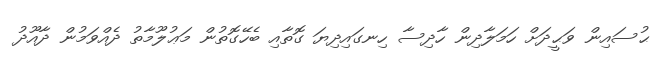
ޙުސައިން ވަޙީދަށް ހަމަލާދިން ހާދިސާ ހިނގައިދިޔަ ގޮތާއި ބެހޭގޮތުން މަޢުލޫމާތު ދެއްވަމުން ދާއޫދު